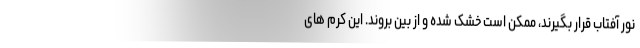
نور آفتاب قرار بگیرند، ممکن است خشک شده و از بین بروند. این کرم های